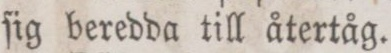
ſig beredda till återtåg.